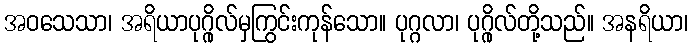
အဝသေသာ၊ အရိယာပုဂ္ဂိုလ်မှကြွင်းကုန်သော။ ပုဂ္ဂလာ၊ ပုဂ္ဂိုလ်တို့သည်။ အနရိယာ၊